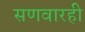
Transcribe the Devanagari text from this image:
सणवारही